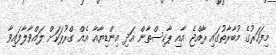
މިފަހަރުގެ މުބާރާތުގައި ރާއްޖެ އާއި ޕާކިސްތާން އަދި އިންޑިޔާއާ އެއް ގްރޫޕަކަށް ލައްވާލާފައިވާ